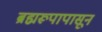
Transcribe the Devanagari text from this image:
ब्रह्मरूपापासून